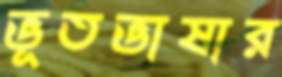
ভূতভাষার